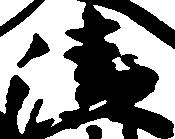
清